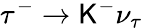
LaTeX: \tau^{-}\to\mathsf{K}^{-}\nu_{\tau}